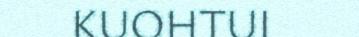
KUOHTUI